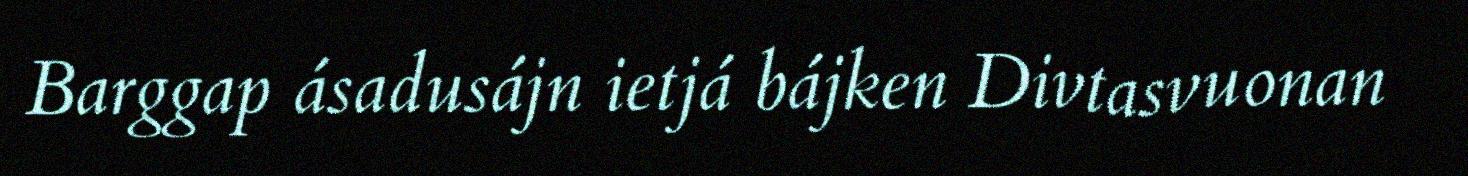
Barggap ásadusájn ietjá bájken Divtasvuonan